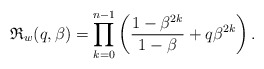
\begin{gather*}\mathfrak{R}_{w}(q,\beta)= \prod_{k=0}^{n-1} \left({1- \beta^{2k} \over 1-\beta} +q \beta^{2k} \right).\end{gather*}